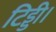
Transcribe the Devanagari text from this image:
टिड्डी।